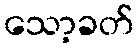
သော့ခတ်